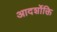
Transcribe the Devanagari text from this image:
आदर्शोक्ति